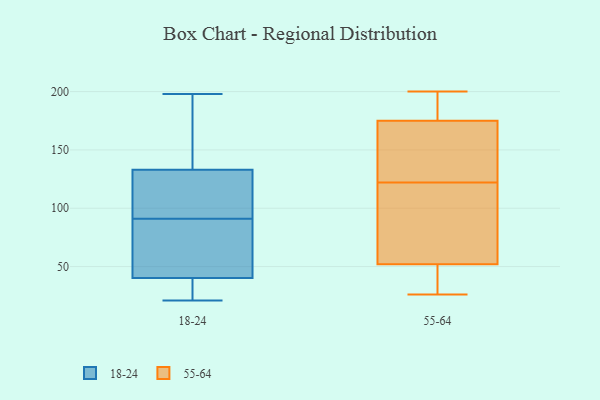
{"axis": {"x": "Tickets Resolved", "y": "Value"}, "legend": ["18-24", "55-64"], "data": [{"x": "", "y": 96, "type": "18-24"}, {"x": "", "y": 23, "type": "18-24"}, {"x": "", "y": 47, "type": "18-24"}, {"x": "", "y": 41, "type": "18-24"}, {"x": "", "y": 136, "type": "18-24"}, {"x": "", "y": 38, "type": "18-24"}, {"x": "", "y": 21, "type": "18-24"}, {"x": "", "y": 132, "type": "18-24"}, {"x": "", "y": 132, "type": "18-24"}, {"x": "", "y": 91, "type": "18-24"}, {"x": "", "y": 43, "type": "18-24"}, {"x": "", "y": 198, "type": "18-24"}, {"x": "", "y": 147, "type": "18-24"}, {"x": "", "y": 187, "type": "55-64"}, {"x": "", "y": 117, "type": "55-64"}, {"x": "", "y": 200, "type": "55-64"}, {"x": "", "y": 118, "type": "55-64"}, {"x": "", "y": 131, "type": "55-64"}, {"x": "", "y": 175, "type": "55-64"}, {"x": "", "y": 50, "type": "55-64"}, {"x": "", "y": 26, "type": "55-64"}, {"x": "", "y": 126, "type": "55-64"}, {"x": "", "y": 50, "type": "55-64"}, {"x": "", "y": 190, "type": "55-64"}, {"x": "", "y": 52, "type": "55-64"}, {"x": "", "y": 71, "type": "55-64"}, {"x": "", "y": 134, "type": "55-64"}]}